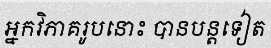
អ្នកវិភាគរូបនោះ បានបន្តទៀត